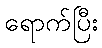
ရောက်ပြီး